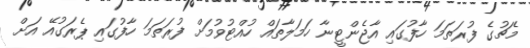
މެޗުގެ ފުރަތަމަ ހާފުގައި އާޖެންޓީނާ ހަމަލާތައް ހުއްޓުވުމަށް ފުރަތަމަ ހާފުގައި ޕެރަގުއޭ އަށް